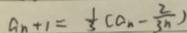
a _ { n + 1 } = \frac { 1 } { 3 } ( a _ { n } - \frac { 2 } { 3 n } )